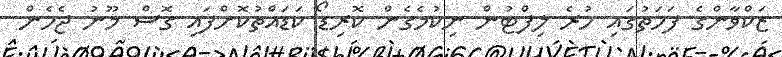
ޒަކްވާންގެ ފަހަތުގައި ހުރެ ލިފްޓުން ނިކުމެގެން ކޮރިޑޯ ކަޑައްތުކޮށްފައި ގޮސް މޫނު ޖެހެން